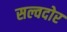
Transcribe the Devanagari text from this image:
सल्वदोर